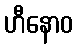
ဟီနောဝ